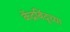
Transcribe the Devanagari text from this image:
केंद्रबिंदूच्या